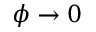
\phi \rightarrow 0